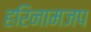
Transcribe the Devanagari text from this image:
हरिनामजप